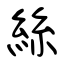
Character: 絲